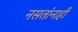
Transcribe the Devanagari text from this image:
नसतांनाहीं